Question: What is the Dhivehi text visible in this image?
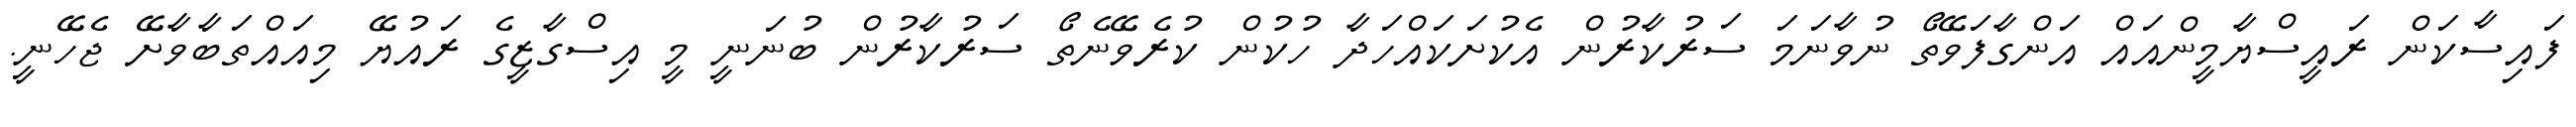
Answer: ފައިސާކަން ރައީސްޔާމީންއައް އަންގާފަވޭތޯ ނުވާނަމަ ސަރުކާރުން އެކުށަކައްހަދާ ހުކުން ކުރެވޭނެތޯ ސަރުކާރުން ބުނަނީ މީ އިސްގާޒީގެ ރައުޔޭ މިއައްތަބާވާށޭ ޖެހޭނީ.